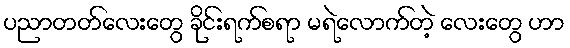
ပညာတတ်လေးတွေ ခိုင်းရက်စရာ မရဲလောက်တဲ့ လေးတွေ ဟာ